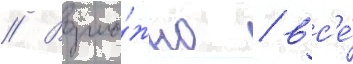
// Возмо́жно / вс'е́